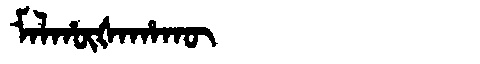
Manchu: ᠮᠠᠯᡥᡡᡧᠠᡥᠠᡴᡡ
Romanization: MALHŪŠAHAKŪ